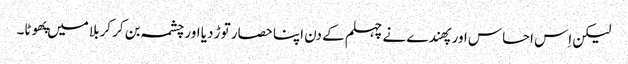
لیکن اِس احساس اور پهندے نے چہلم کے دن اپنا حصار توڑ دیا اور چشمہ بن کر کربلا میں پهوٹا۔